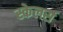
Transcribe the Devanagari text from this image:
स्केलर्स